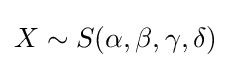
X\sim S(\alpha ,\beta ,\gamma ,\delta )